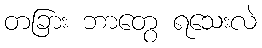
တခြား ဘာတွေ ရသေးလဲ